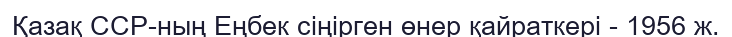
Қазақ ССР-ның Еңбек сіңірген өнер қайраткері - 1956 ж.